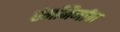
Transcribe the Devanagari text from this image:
रंगनिर्माण